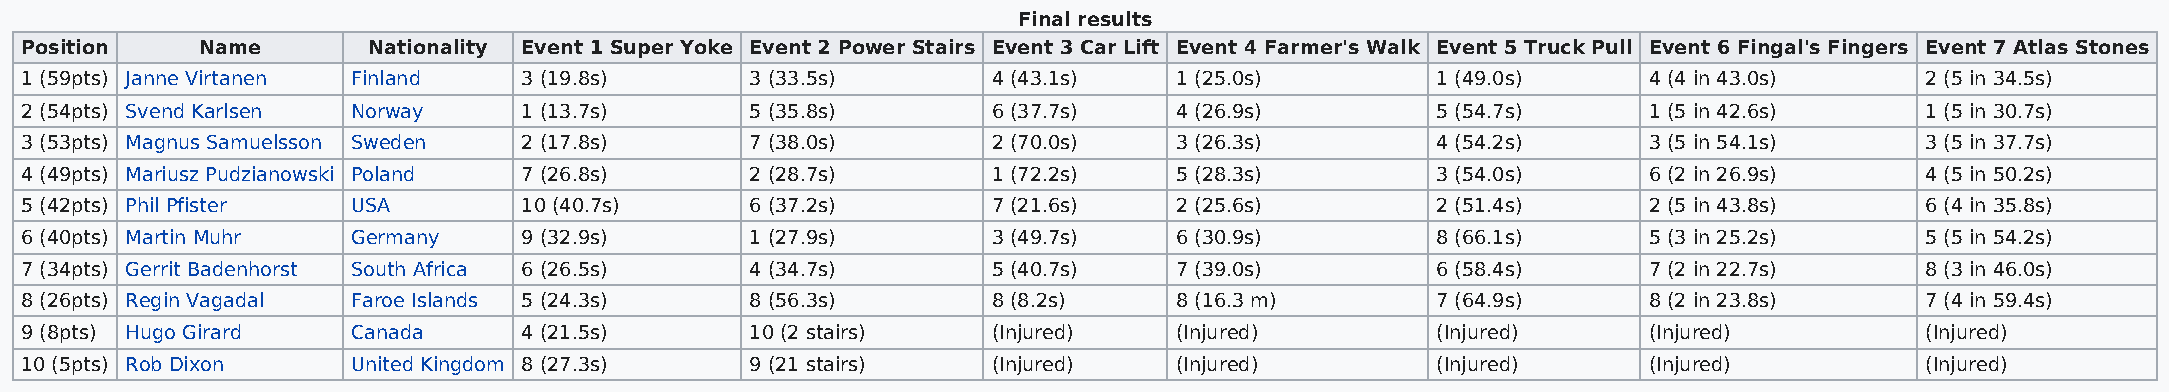
Final results
 Position    Name       Nationality Event 1 Super Yoke Event 2 Power Stairs Event 3 Car Lift Event 4 Farmer's Walk Event 5 Truck Pull Event 6 Fingal's Fingers Event 7 Atlas Stones
 1 (59pts) Janne Virtanen Finland  3 (19.8s)      3 (33.5s)       4 (43.1s)   1 (25.0s)        1 (49.0s)     4 (4 in 43.0s)    2 (5 in 34.5s)
 2 (54pts) Svend Karlsen Norway    1 (13.7s)      5 (35.8s)       6 (37.7s)   4 (26.9s)        5 (54.7s)     1 (5 in 42.6s)    1 (5 in 30.7s)
 3 (53pts) Magnus Samuelsson Sweden 2 (17.8s)     7 (38.0s)       2 (70.0s)   3 (26.3s)        4 (54.2s)     3 (5 in 54.1s)    3 (5 in 37.7s)
 4 (49pts) Mariusz Pudzianowski Poland 7 (26.8s)  2 (28.7s)       1 (72.2s)   5 (28.3s)        3 (54.0s)     6 (2 in 26.9s)    4 (5 in 50.2s)
 5 (42pts) Phil Pfister USA        10 (40.7s)     6 (37.2s)       7 (21.6s)   2 (25.6s)        2 (51.4s)     2 (5 in 43.8s)    6 (4 in 35.8s)
 6 (40pts) Martin Muhr Germany     9 (32.9s)      1 (27.9s)       3 (49.7s)   6 (30.9s)        8 (66.1s)     5 (3 in 25.2s)    5 (5 in 54.2s)
 7 (34pts) Gerrit Badenhorst South Africa 6 (26.5s) 4 (34.7s)     5 (40.7s)   7 (39.0s)        6 (58.4s)     7 (2 in 22.7s)    8 (3 in 46.0s)
 8 (26pts) Regin Vagadal Faroe Islands 5 (24.3s)  8 (56.3s)       8 (8.2s)    8 (16.3 m)       7 (64.9s)     8 (2 in 23.8s)    7 (4 in 59.4s)
 9 (8pts) Hugo Girard  Canada      4 (21.5s)      10 (2 stairs)   (Injured)   (Injured)        (Injured)     (Injured)         (Injured)
 10 (5pts) Rob Dixon   United Kingdom 8 (27.3s)   9 (21 stairs)   (Injured)   (Injured)        (Injured)     (Injured)         (Injured)